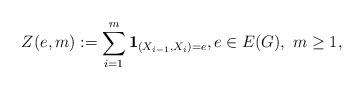
LaTeX: \begin{align*}Z(e,m):=\sum_{i=1}^m {\mathbf 1}_{(X_{i-1},X_i)=e}, e\in E(G),\ m\ge 1,\end{align*}